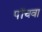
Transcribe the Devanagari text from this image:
पॉचवा